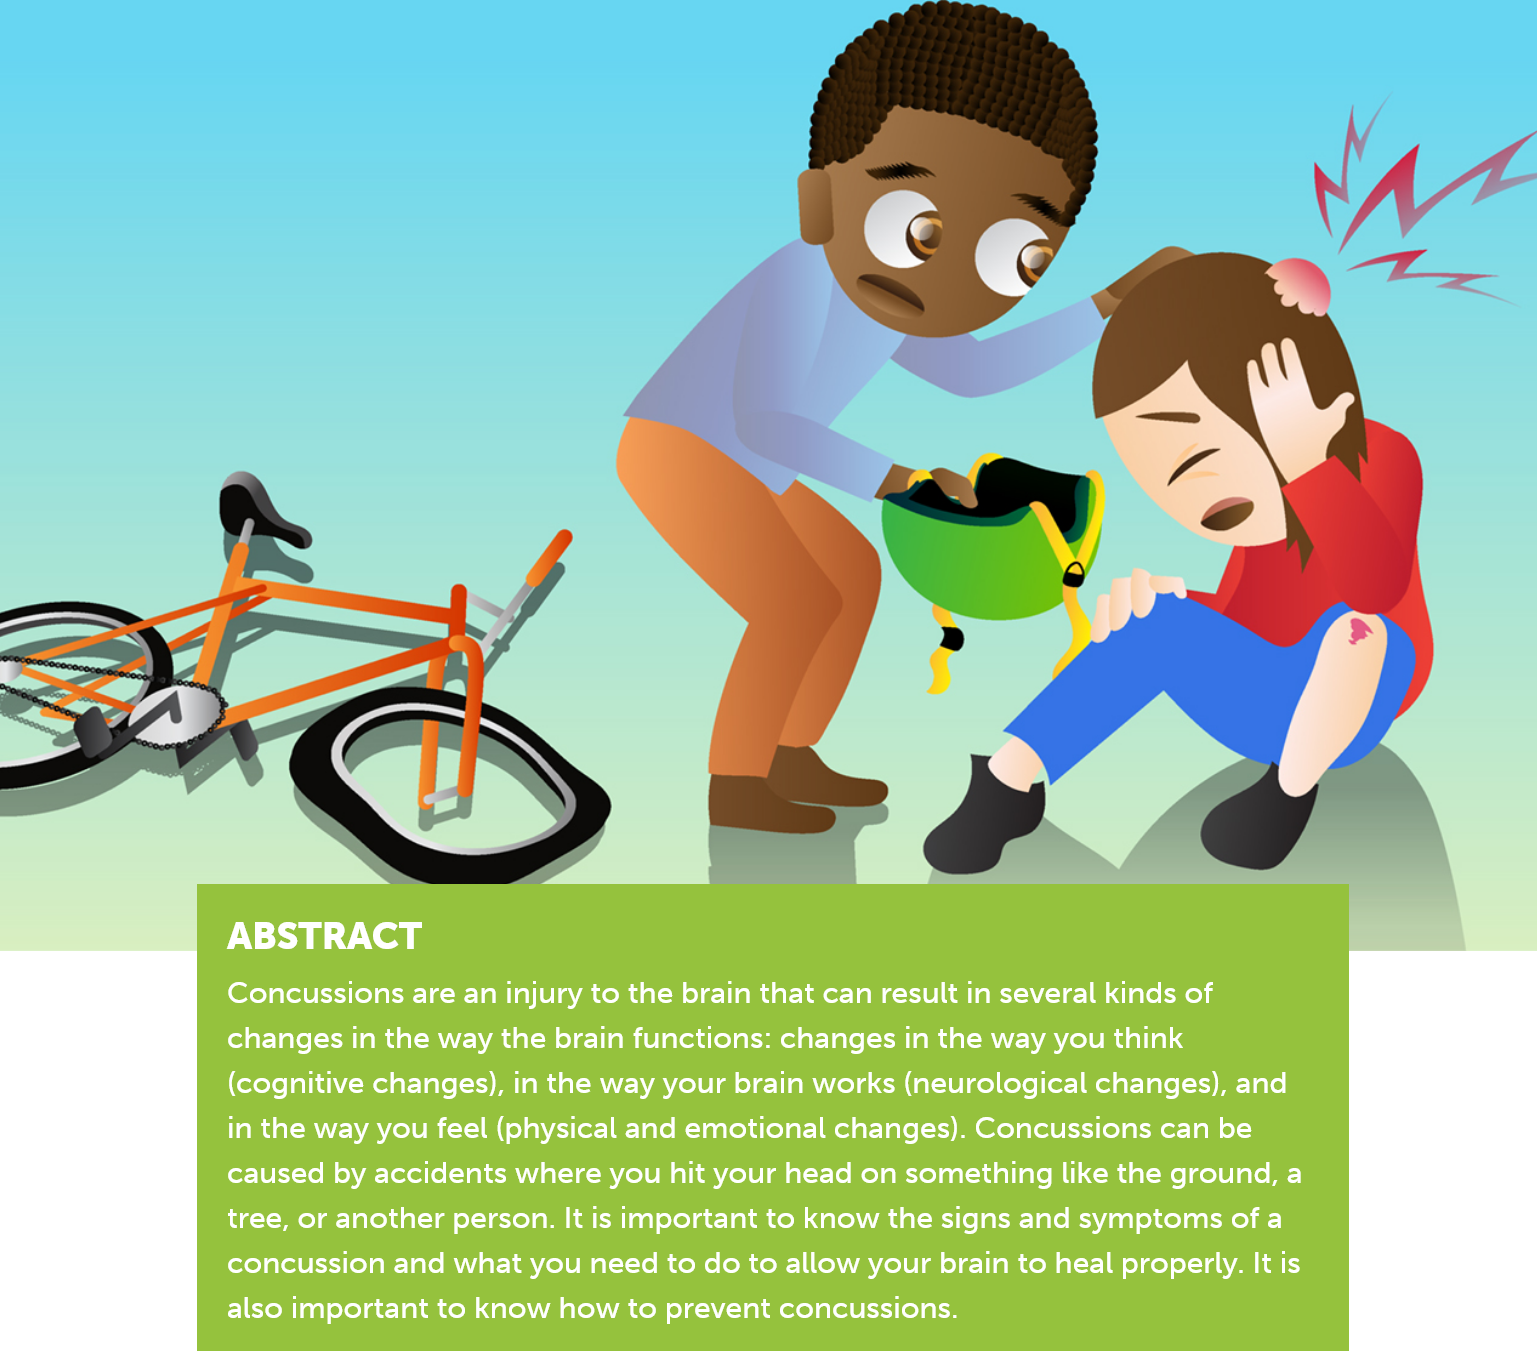
ABSTRACT
     Concussions are an injury to the brain that can result in several kinds of
     changes in the way the brain functions: changes in the way you think
     (cognitive changes), in the way your brain works (neurological changes), and
     in the way you feel (physical and emotional changes). Concussions can be
     caused by accidents where you hit your head on something like the ground, a
     tree, or another person. It is important to know the signs and symptoms of a
     concussion and what you need to do to allow your brain to heal properly. It is
     also important to know how to prevent concussions.